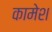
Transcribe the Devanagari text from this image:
कामेश